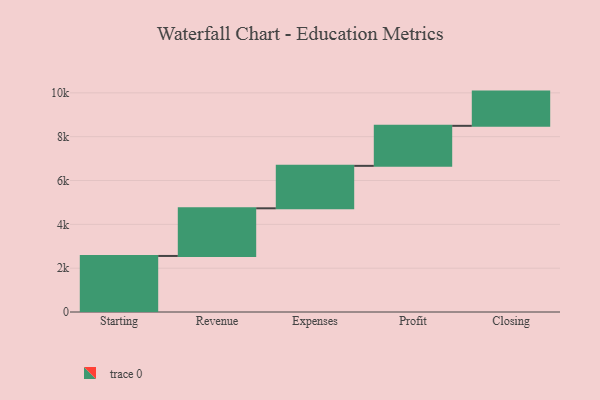
{"axis": {"x": "Step", "y": "Value"}, "legend": [""], "data": [{"x": "Starting", "y": 2557.0, "type": ""}, {"x": "Revenue", "y": 2175.0, "type": ""}, {"x": "Expenses", "y": 1937.0, "type": ""}, {"x": "Profit", "y": 1826.0, "type": ""}, {"x": "Closing", "y": 1562.0, "type": ""}]}